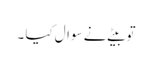
تو بیٹے نے سوال کیا ۔